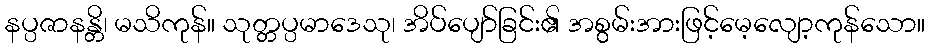
နပ္ပဇာနန္တိ၊ မသိကုန်။ သုတ္တပ္ပမာဒေသု၊ အိပ်ပျော်ခြင်း၏ အစွမ်းအားဖြင့်မေ့လျော့ကုန်သော။